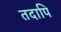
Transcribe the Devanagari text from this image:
तदापि